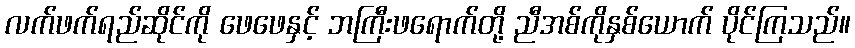
လက်ဖက်ရည်ဆိုင်ကို ဖေဖေနှင့် ဘကြီးဖရောက်တို့ ညီအစ်ကိုနှစ်ယောက် ပိုင်ကြသည်။